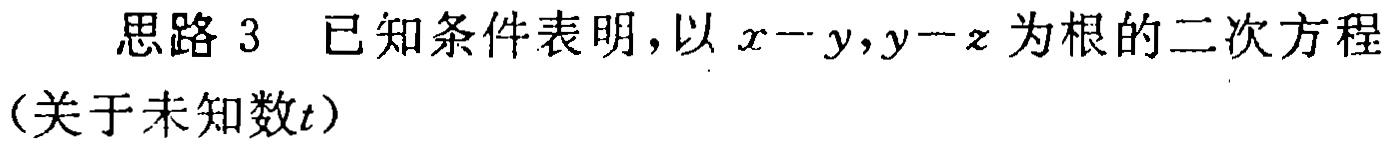
思路 3 已知条件表明，以 \(x - y,y - z\) 为根的二次方程（关于未知数\(t\)）